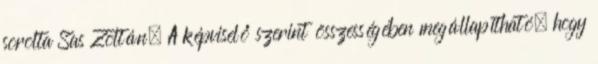
sorolta Sas Zoltán. A képviselő szerint összességében megállapítható, hogy